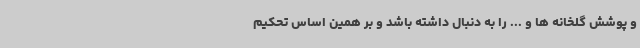
و پوشش گلخانه ها و ... را به دنبال داشته باشد و بر همین اساس تحکیم